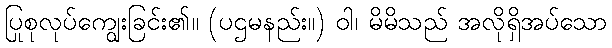
ပြုစုလုပ်ကျွေးခြင်း၏။ (ပဌမနည်း။) ဝါ၊ မိမိသည် အလိုရှိအပ်သော